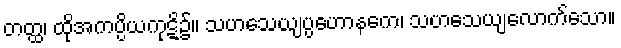
တတ္ထ၊ ထိုအကပ္ပိယကုဋိ၌။ သဟသေယျပ္ပဟောနကေ၊ သဟသေယျလောက်သော။